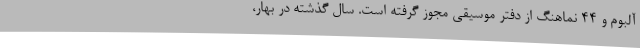
آلبوم و 44 نماهنگ از دفتر موسیقی مجوز گرفته است. سال گذشته در بهار،